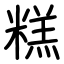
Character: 糕